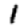
Digit: 1